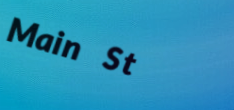
Main St